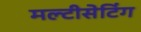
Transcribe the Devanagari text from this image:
मल्टीसेटिंग